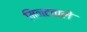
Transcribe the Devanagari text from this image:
मिनटवाले